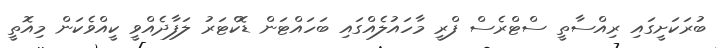
ބުރަކަށީގައި ރިއްސާތީ ސްޓްރެސް ފްރީ މާހައުލެއްގައި ބަހައްޓަން ޑޮކްޓަރު ލަފާދެއްވީ ކީއްވެކަން މިއޮތީ